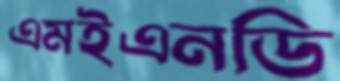
এমইএনডি